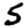
Digit: 5